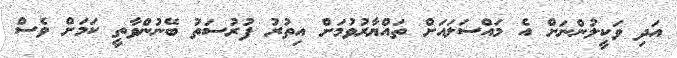
އަދި ވަކީލުންނަށް އެ މައްސަލައަށް ތައްޔާރުވުމަށް އިތުރު ފުރުސަތު ބޭނުންވާތީ ކަމަށް ވެސް